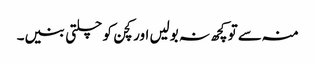
منہ سے تو کچھ نہ بولیں اور کچن کو چلتی بنیں۔